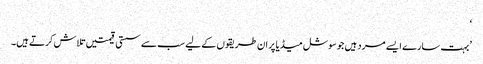
‘
’بہت سارے ایسے مرد ہیں جو سوشل میڈیا پر ان طریقوں کے لیے سب سے سستی قیمتیں تلاش کرتے ہیں۔